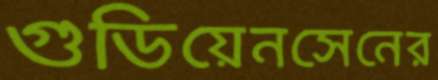
গুডিয়েনসেনের